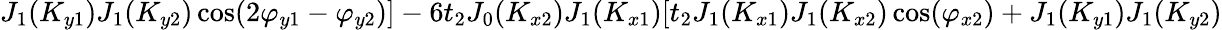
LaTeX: J_{1}(K_{y1})J_{1}(K_{y2})\cos(2\varphi_{y1}-\varphi_{y2})]-6t_{2}J_{0}(K_{x2})J_{1}(K_{x1})[t_{2}J_{1}(K_{x1})J_{1}(K_{x2})\cos(\varphi_{x2})+J_{1}(K_{y1})J_{1}(K_{y2})